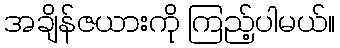
အချိန်ဇယားကို ကြည့်ပါမယ်။